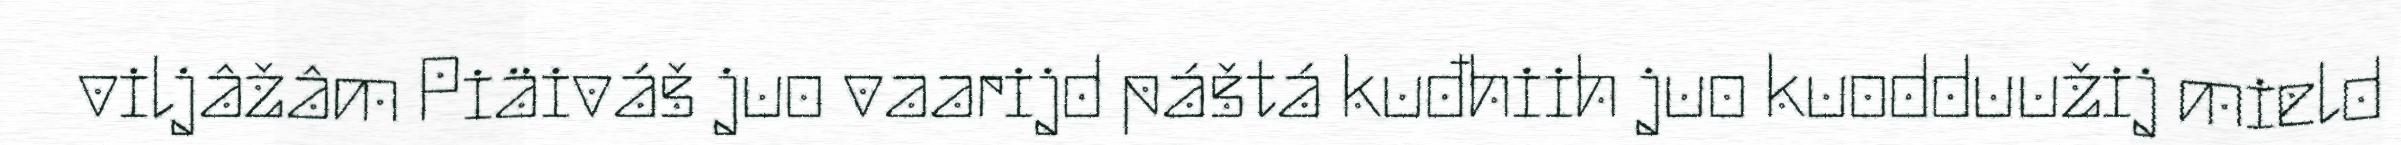
viljâžâm Piäiváš juo vaarijd páštá kuđhiih juo kuodduužij mield